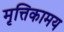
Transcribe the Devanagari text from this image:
मृत्तिकामय